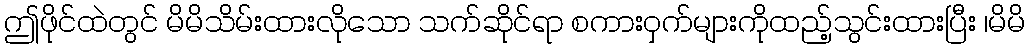
ဤဖိုင်ထဲတွင် မိမိသိမ်းထားလိုသော သက်ဆိုင်ရာ စကားဝှက်များကိုထည့်သွင်းထားပြီး ၊မိမိ